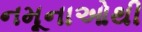
નમૂનાઓથી